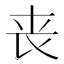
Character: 丧